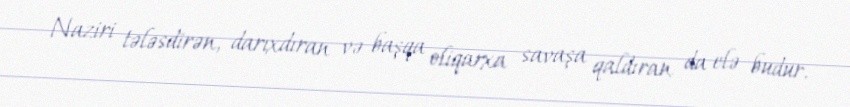
Naziri tələsdirən, darıxdıran və başqa oliqarxa savaşa qaldıran da elə budur.